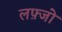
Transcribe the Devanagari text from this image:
लफ़्जो